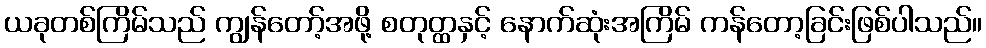
ယခုတစ်ကြိမ်သည် ကျွန်တော့်အဖို့ စတုတ္ထနှင့် နောက်ဆုံးအကြိမ် ကန်တော့ခြင်းဖြစ်ပါသည်။